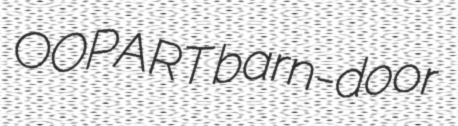
OOPART barn-door